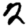
Digit: 2